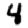
Digit: 4